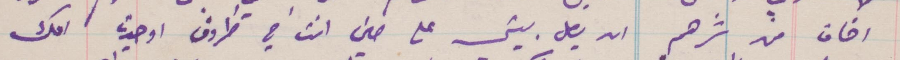
أخاف من شرهم ان يصل بيتي على ظني انت في ظروف اوجدت امك